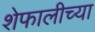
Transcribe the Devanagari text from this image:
शेफालीच्या